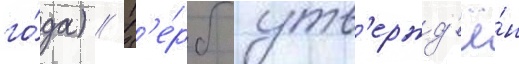
го́да) // Г'е́рб утв'ержд'ё́н